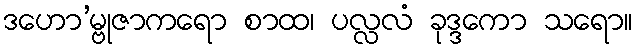
ဒဟော’မ္ဗုဇာကရော စာထ၊ ပလ္လလံ ခုဒ္ဒကော သရော။